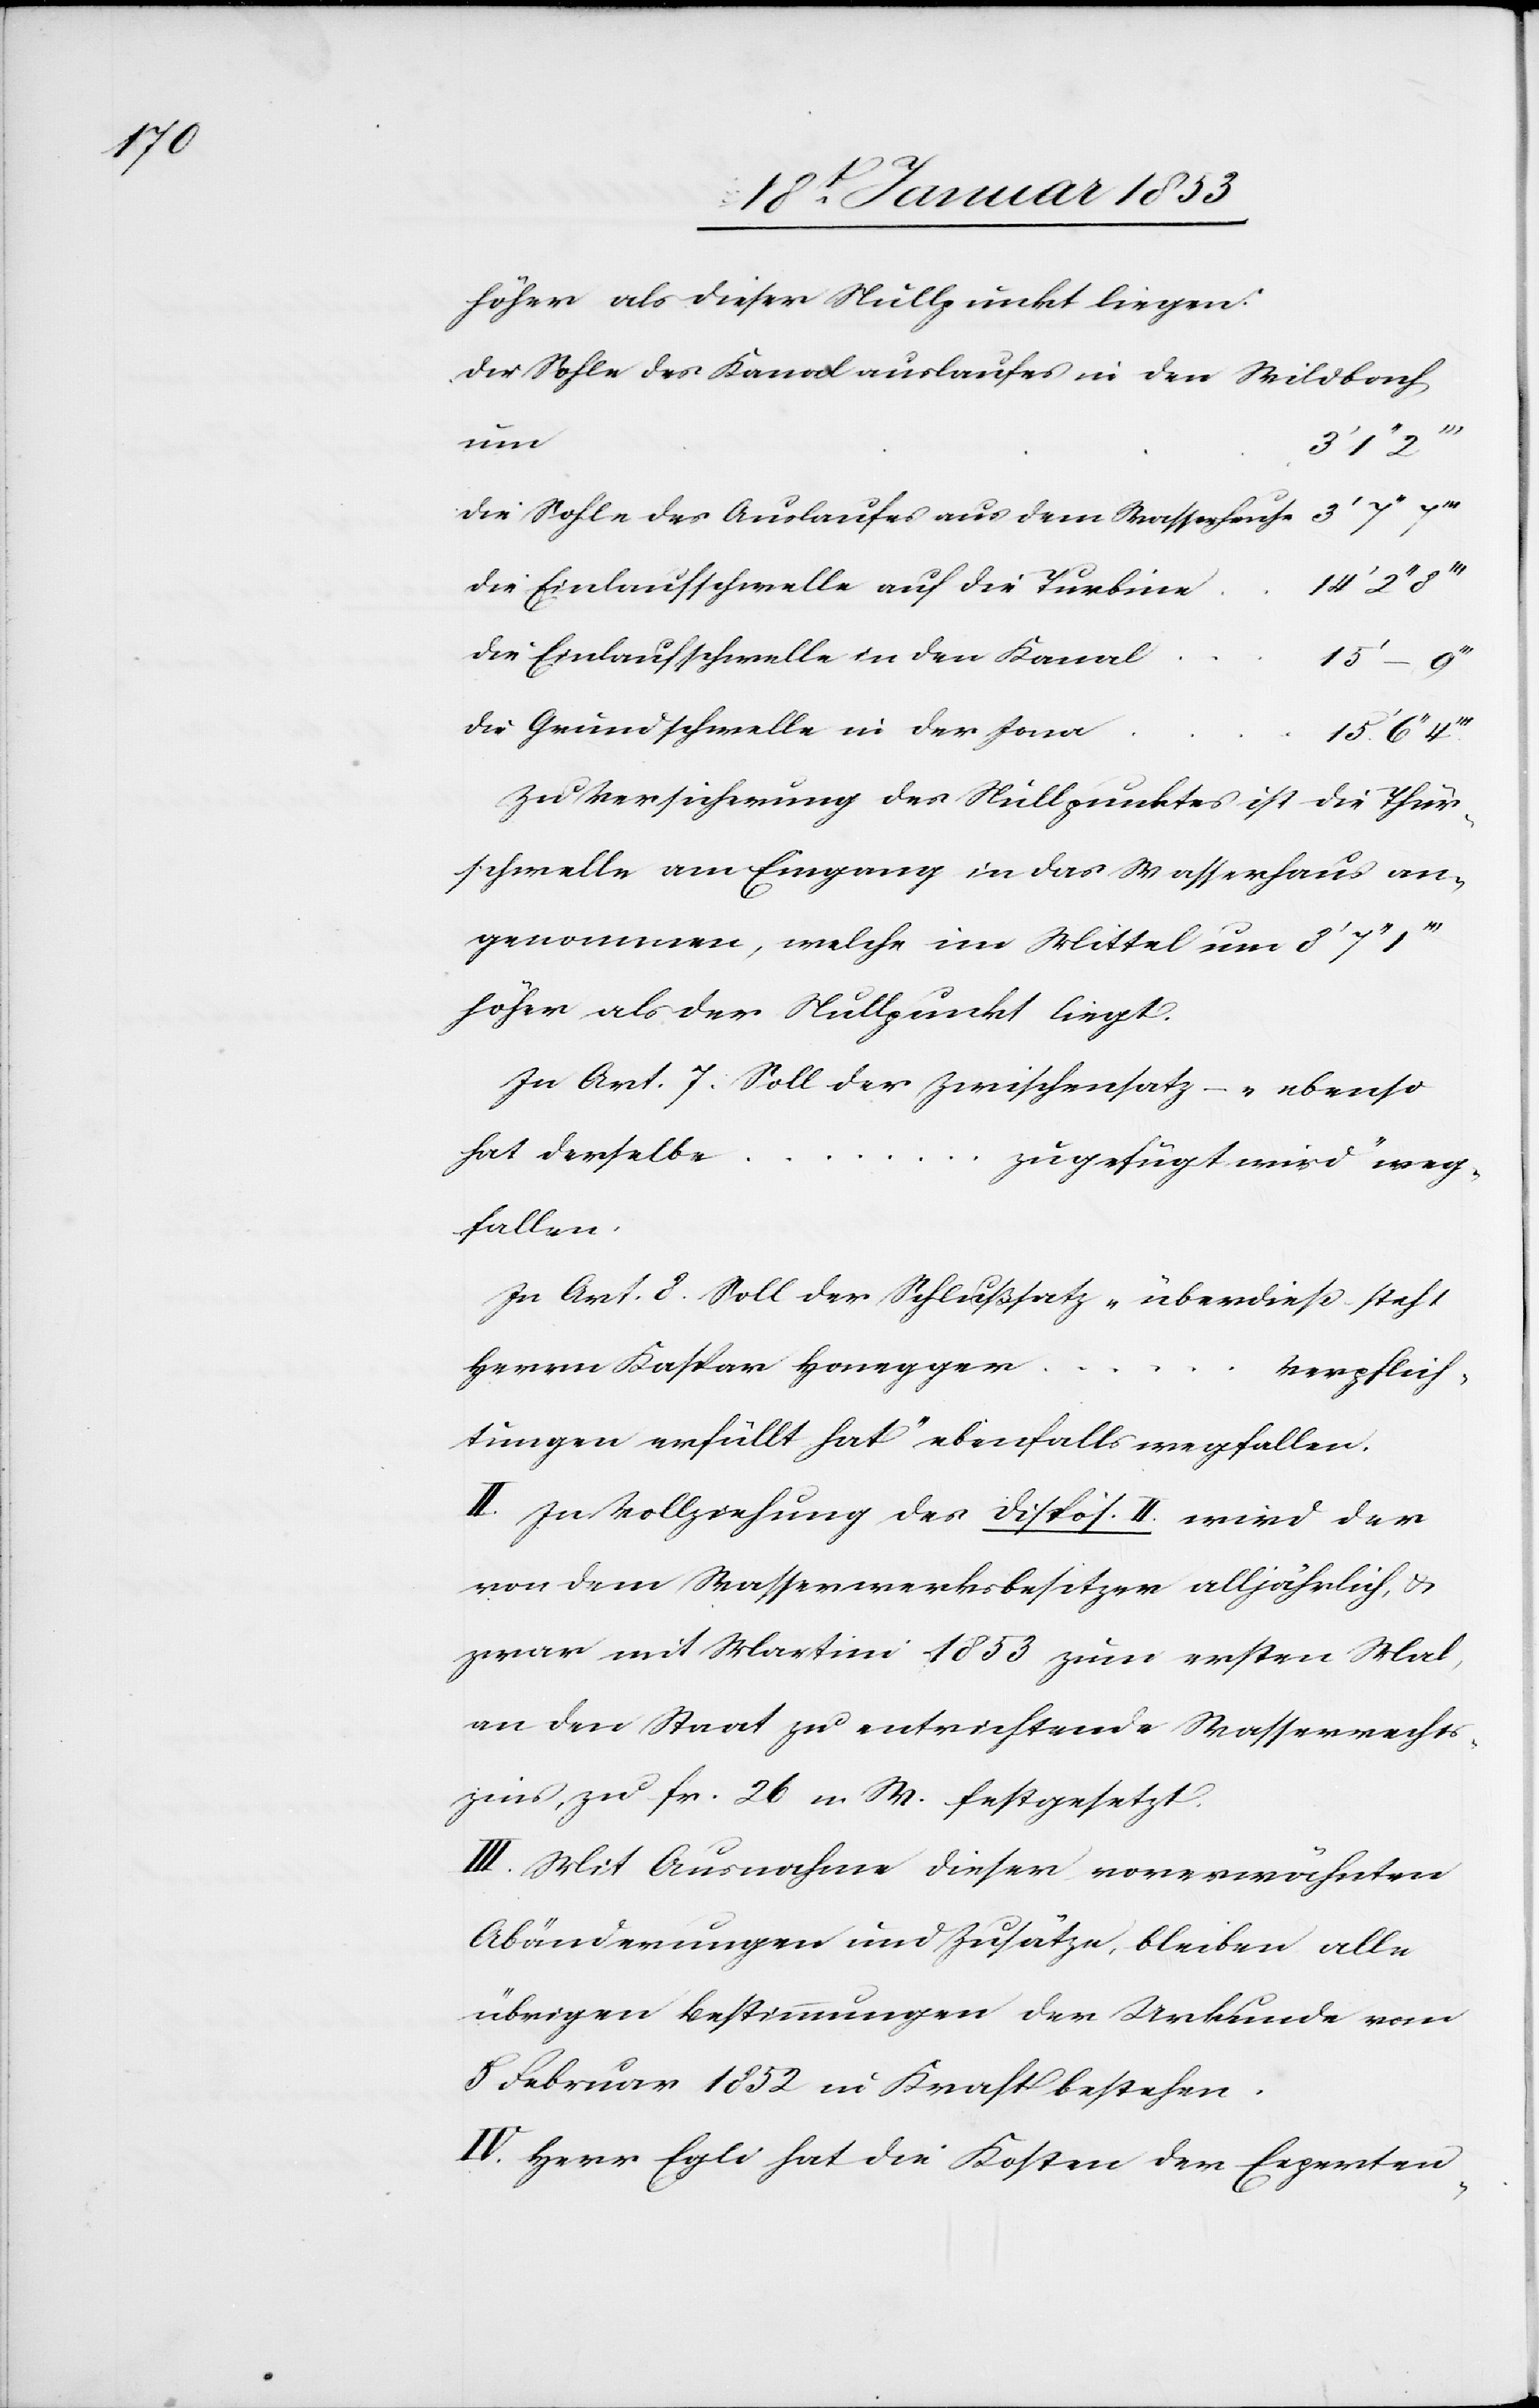
höher als dieser Nullpunkt liegen.
Der Sohle des Kanalauslaufes in den Wildbach
u.
l					15’
die Sohle des Auslaufes aus dem Wasserhause				3’ 7’’
die Einlaufschwelle auf die Turbin¬
die Einlaufschwelle in den Kana¬
die Grundschwelle in der
Zu Versicherung des Nullpunktes ist die Thur¬
schwelle am Eingang in das Wasserhaus an¬
genommen, welche im Mittel um 3’ 7’’
höher als der Nullpunkt liegt.
In Art. 7 Soll der Zwischensatz – „ebenso
hat derselbe
…
zugefügt wird“ weg¬
fallen.
In Art. 8 Soll der Schlußsatz „überdieß steht
Herrn Kaspar Honegger
Verpflich¬
tungen erfüllt hat“ ebenfalls wegfallen.
II. In Vollrechnung des disp. II. wird der
von dem Wasserwerksbesitzer alljährlich,
zwar mit Martini 1853 zum ersten Mal,
an den Staat zu entrichtende Wasserrechts¬
zins, zu fr. 26 n. W. festgesetzt.
III. Mit Ausnahme dieser vorerwähnten
Abänderungen und Zusätze, bleiben alle
übrigen Bestimmungen der Urkunde vom
8 Februar 1852 in Kraft bestehen.
IV. Herr Egli hat die Kosten der Experten-